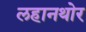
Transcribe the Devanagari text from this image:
लहानथोर